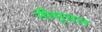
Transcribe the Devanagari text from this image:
नीमूधल